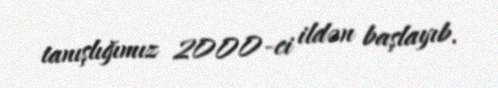
tanışlığımız 2000-ci ildən başlayıb.